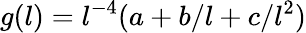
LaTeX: g(l)=l^{-4}(a+b/l+c/l^{2})